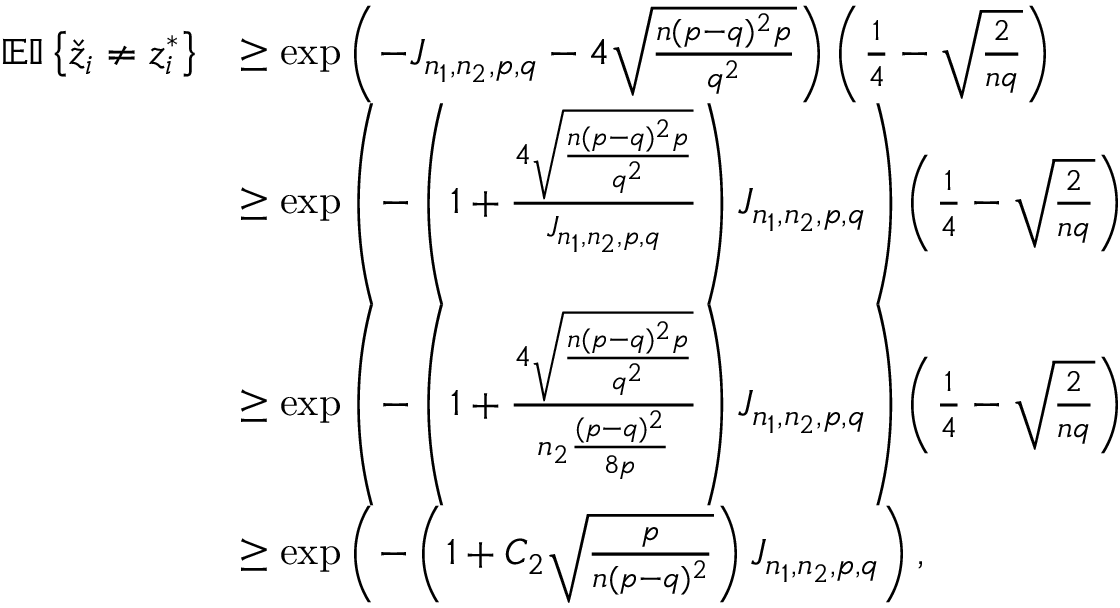
\begin{array} { r l } { \mathbb { E } { \mathbb { I } \left\{ { \check { z } _ { i } \neq z _ { i } ^ { * } } \right\} } } & { \geq \exp \left( - J _ { n _ { 1 } , n _ { 2 } , p , q } - 4 \sqrt { \frac { n ( p - q ) ^ { 2 } p } { q ^ { 2 } } } \right) \left( \frac { 1 } { 4 } - \sqrt { \frac { 2 } { n q } } \right) } \\ & { \geq \exp \left( - \left( 1 + \frac { 4 \sqrt { \frac { n ( p - q ) ^ { 2 } p } { q ^ { 2 } } } } { J _ { n _ { 1 } , n _ { 2 } , p , q } } \right) J _ { n _ { 1 } , n _ { 2 } , p , q } \right) \left( \frac { 1 } { 4 } - \sqrt { \frac { 2 } { n q } } \right) } \\ & { \geq \exp \left( - \left( 1 + \frac { 4 \sqrt { \frac { n ( p - q ) ^ { 2 } p } { q ^ { 2 } } } } { n _ { 2 } \frac { ( p - q ) ^ { 2 } } { 8 p } } \right) J _ { n _ { 1 } , n _ { 2 } , p , q } \right) \left( \frac { 1 } { 4 } - \sqrt { \frac { 2 } { n q } } \right) } \\ & { \geq \exp \left( - \left( 1 + C _ { 2 } \sqrt { \frac { p } { n ( p - q ) ^ { 2 } } } \right) J _ { n _ { 1 } , n _ { 2 } , p , q } \right) , } \end{array}